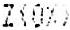
Z(0%)